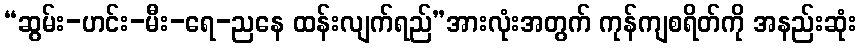
“ဆွမ်း-ဟင်း-မီး-ရေ-ညနေ ထန်းလျက်ရည်”အားလုံးအတွက် ကုန်ကျစရိတ်ကို အနည်းဆုံး